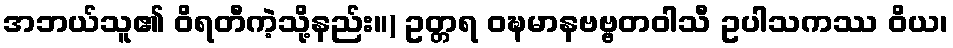
အဘယ်သူ၏ ဝိရတီကဲ့သို့နည်း။) ဥတ္တရ ဝဍ္ဎမာနဗဗ္ဗတဝါသီ ဥပါသကဿ ဝိယ၊